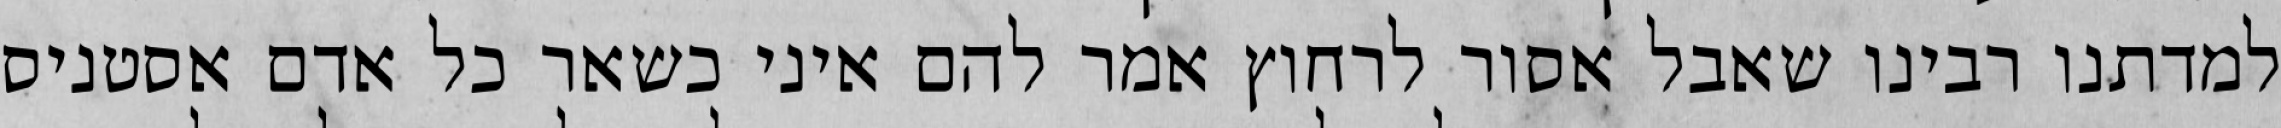
למדתנו רבינו שאבל אסור לרחוץ אמר להם איני כשאר כל אדם אסטניס